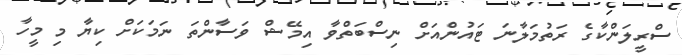
ސްރީލަންކާގެ ރަތުމަލާނަ ޓައުންއަށް ނިސްބަތްވާ އިމޭޝް ވަސާންތަ ނަމަކަށް ކިޔާ މި މީހާ